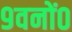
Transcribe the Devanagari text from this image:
९वनों०